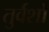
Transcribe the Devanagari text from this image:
तुर्वशों